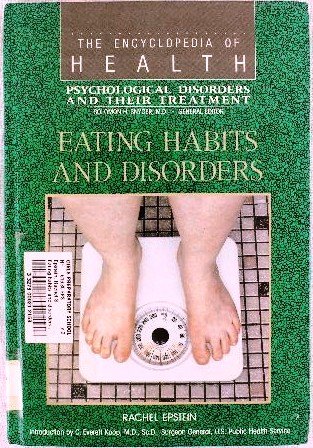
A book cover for Eating Habits and Disorders: Psychological Disorders and Their Treatment (Encyclopedia of Health); Rachel Epstein; Health, Fitness & Dieting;